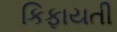
કિફાયતી